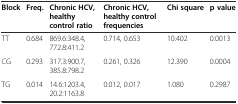
| Block | Freq. | Chronic HCV, healthy control ratio | Chronic HCV, healthy control frequencies | Chi square | p value |
 | --- | --- | --- | --- | --- | --- |
 | TT | 0.684 | 869.6:348.4, 772.8:411.2 | 0.714, 0.653 | 10.402 | 0.0013 |
 | CG | 0.293 | 317.3:900.7, 385.8:798.2 | 0.261, 0.326 | 12.390 | 0.0004 |
 | TG | 0.014 | 14.6:1203.4, 20.2:1163.8 | 0.012, 0.017 | 1.080 | 0.2987 |